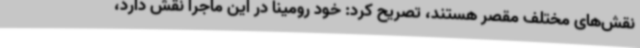
نقش‌های مختلف مقصر هستند، تصریح کرد: خود رومینا در این ماجرا نقش دارد،